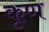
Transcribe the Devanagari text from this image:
कृण